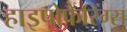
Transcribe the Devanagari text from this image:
हाइपोफैरिंग्स